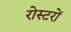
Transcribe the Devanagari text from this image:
रोस्टरों